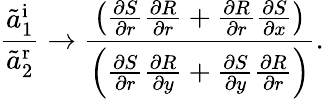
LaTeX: \frac{\tilde{a}_{1}^{\textrm{i}}}{\tilde{a}_{2}^{\textrm{r}}}\rightarrow\frac{\left(\frac{\partial S}{\partial r}\frac{\partial R}{\partial r}+\frac{\partial R}{\partial r}\frac{\partial S}{\partial x}\right)}{\left(\frac{\partial S}{\partial r}\frac{\partial R}{\partial y}+\frac{\partial S}{\partial y}\frac{\partial R}{\partial r}\right)}.